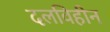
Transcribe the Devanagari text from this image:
दलविहीन